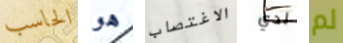
الحاسب هو الاغتصاب لدي لم